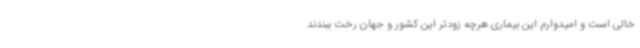
خالی است و امیدوارم این بیماری هرچه زودتر این کشور و جهان رخت ببندند